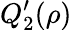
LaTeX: Q_{2}^{\prime}(\rho)